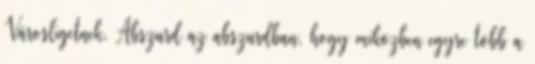
Városligetnek. Abszurd az abszurdban, hogy miközben egyre több a